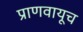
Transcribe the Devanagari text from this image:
प्राणवायूच